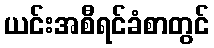
ယင်းအစီရင်ခံစာတွင်